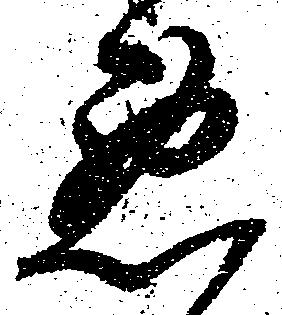
悪